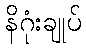
နိဂုံးချုပ်